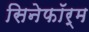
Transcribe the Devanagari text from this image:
सिनेफॉर्म